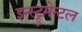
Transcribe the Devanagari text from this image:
इन्स्ट्रुमेन्टल